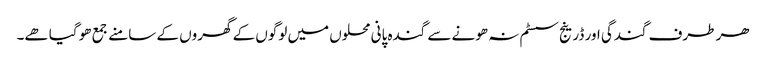
ھر طرف گندگی اور ڈرینج سسٹم نہ ھونے سے گندہ پانی محلوں میں لوگوں کے گھروں کے سامنے جمع ھو گیا ھے۔